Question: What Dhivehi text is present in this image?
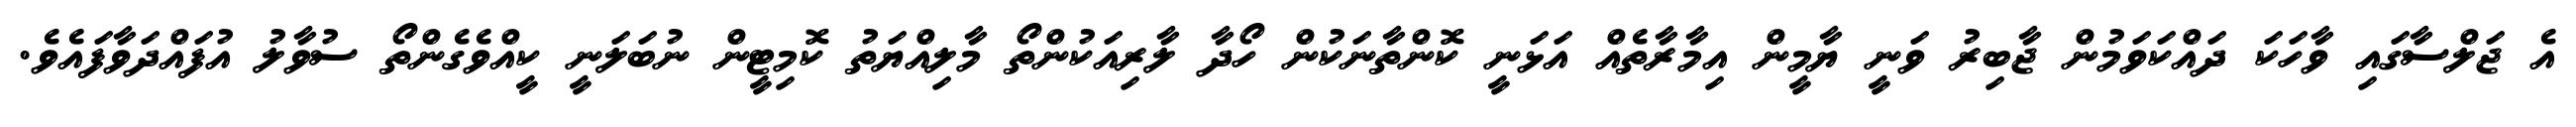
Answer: އެ ޖަލްސާގައި ވާހަކަ ދައްކަވަމުން ޖާބިރު ވަނީ ޔާމީން އިމާރާތެއް އަޅަނީ ކޮންތާނަކުން ހޯދާ ލާރިއަކުންތޯ މާލިއްޔަތު ކޮމިޓީން ނުބަލަނީ ކީއްވެގެންތޯ ސުވާލު އުފައްދަވާފައެވެ.